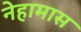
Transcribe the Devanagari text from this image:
नेहामास